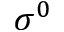
\sigma ^ { 0 }